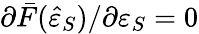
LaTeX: \partial\bar{F}(\hat{\varepsilon}_{S})/\partial\varepsilon_{S}=0